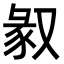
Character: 𠭣